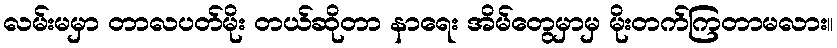
လမ်းမမှာ တာလပတ်မိုး တယ်ဆိုတာ နာရေး အိမ်တွေမှာမှ မိုးတက်ကြတာမလား။